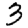
Digit: 3